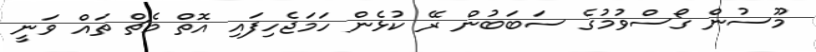
މޫސުން ގޯސްވުމުގެ ސަބަބުން ރޭ ކުޅެން ހަމަޖެހިފައި އޮތް މެޗް ތައް ވަނީ